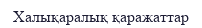
Халықаралық қаражаттар